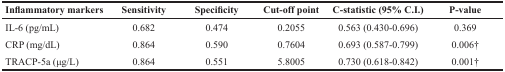
<table><thead><tr><td><b>Inflammatory markers</b></td><td><b>Sensitivity</b></td><td><b>Specificity</b></td><td><b>Cut-off point</b></td><td><b>C-statistic (95% C.I.)</b></td><td><b>P-value</b></td></tr></thead><tbody><tr><td>IL-6 (pg/mL)</td><td>0.682</td><td>0.474</td><td>0.2055</td><td>0.563 (0.430-0.696)</td><td>0.369</td></tr><tr><td>CRP (mg/dL)</td><td>0.864</td><td>0.590</td><td>0.7604</td><td>0.693 (0.587-0.799)</td><td>0.006†</td></tr><tr><td>TRACP-5a (μg/L)</td><td>0.864</td><td>0.551</td><td>5.8005</td><td>0.730 (0.618-0.842)</td><td>0.001†</td></tr></tbody></table>